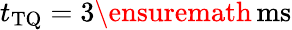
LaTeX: t_{\mathrm{TQ}}=3\ensuremath{\, \mathrm{ms}}